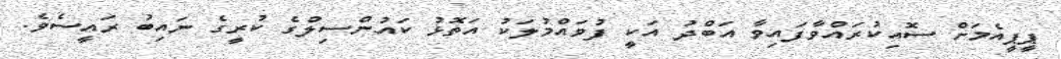
ޕީޕީއެމަށް ސޮއިކުރައްވާފައިވާ އަބްދު އަކީ ފުވައްމުލަކު އަތޮޅު ކައުންސިލްގެ ކުރީގެ ނައިބު ރައީސެވެ.